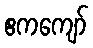
ဧကကျော်